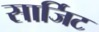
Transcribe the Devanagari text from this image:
सार्जिट